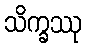
သိက္ခဿု